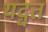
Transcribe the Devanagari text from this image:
यद्वत